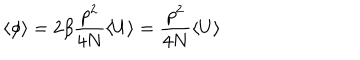
LaTeX: \langle \phi \rangle = 2 \beta \frac { p ^ { 2 } } { 4 N } \langle U \rangle = \frac { p ^ { 2 } } { 4 N } \langle U \rangle